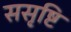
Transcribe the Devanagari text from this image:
ससृष्टि